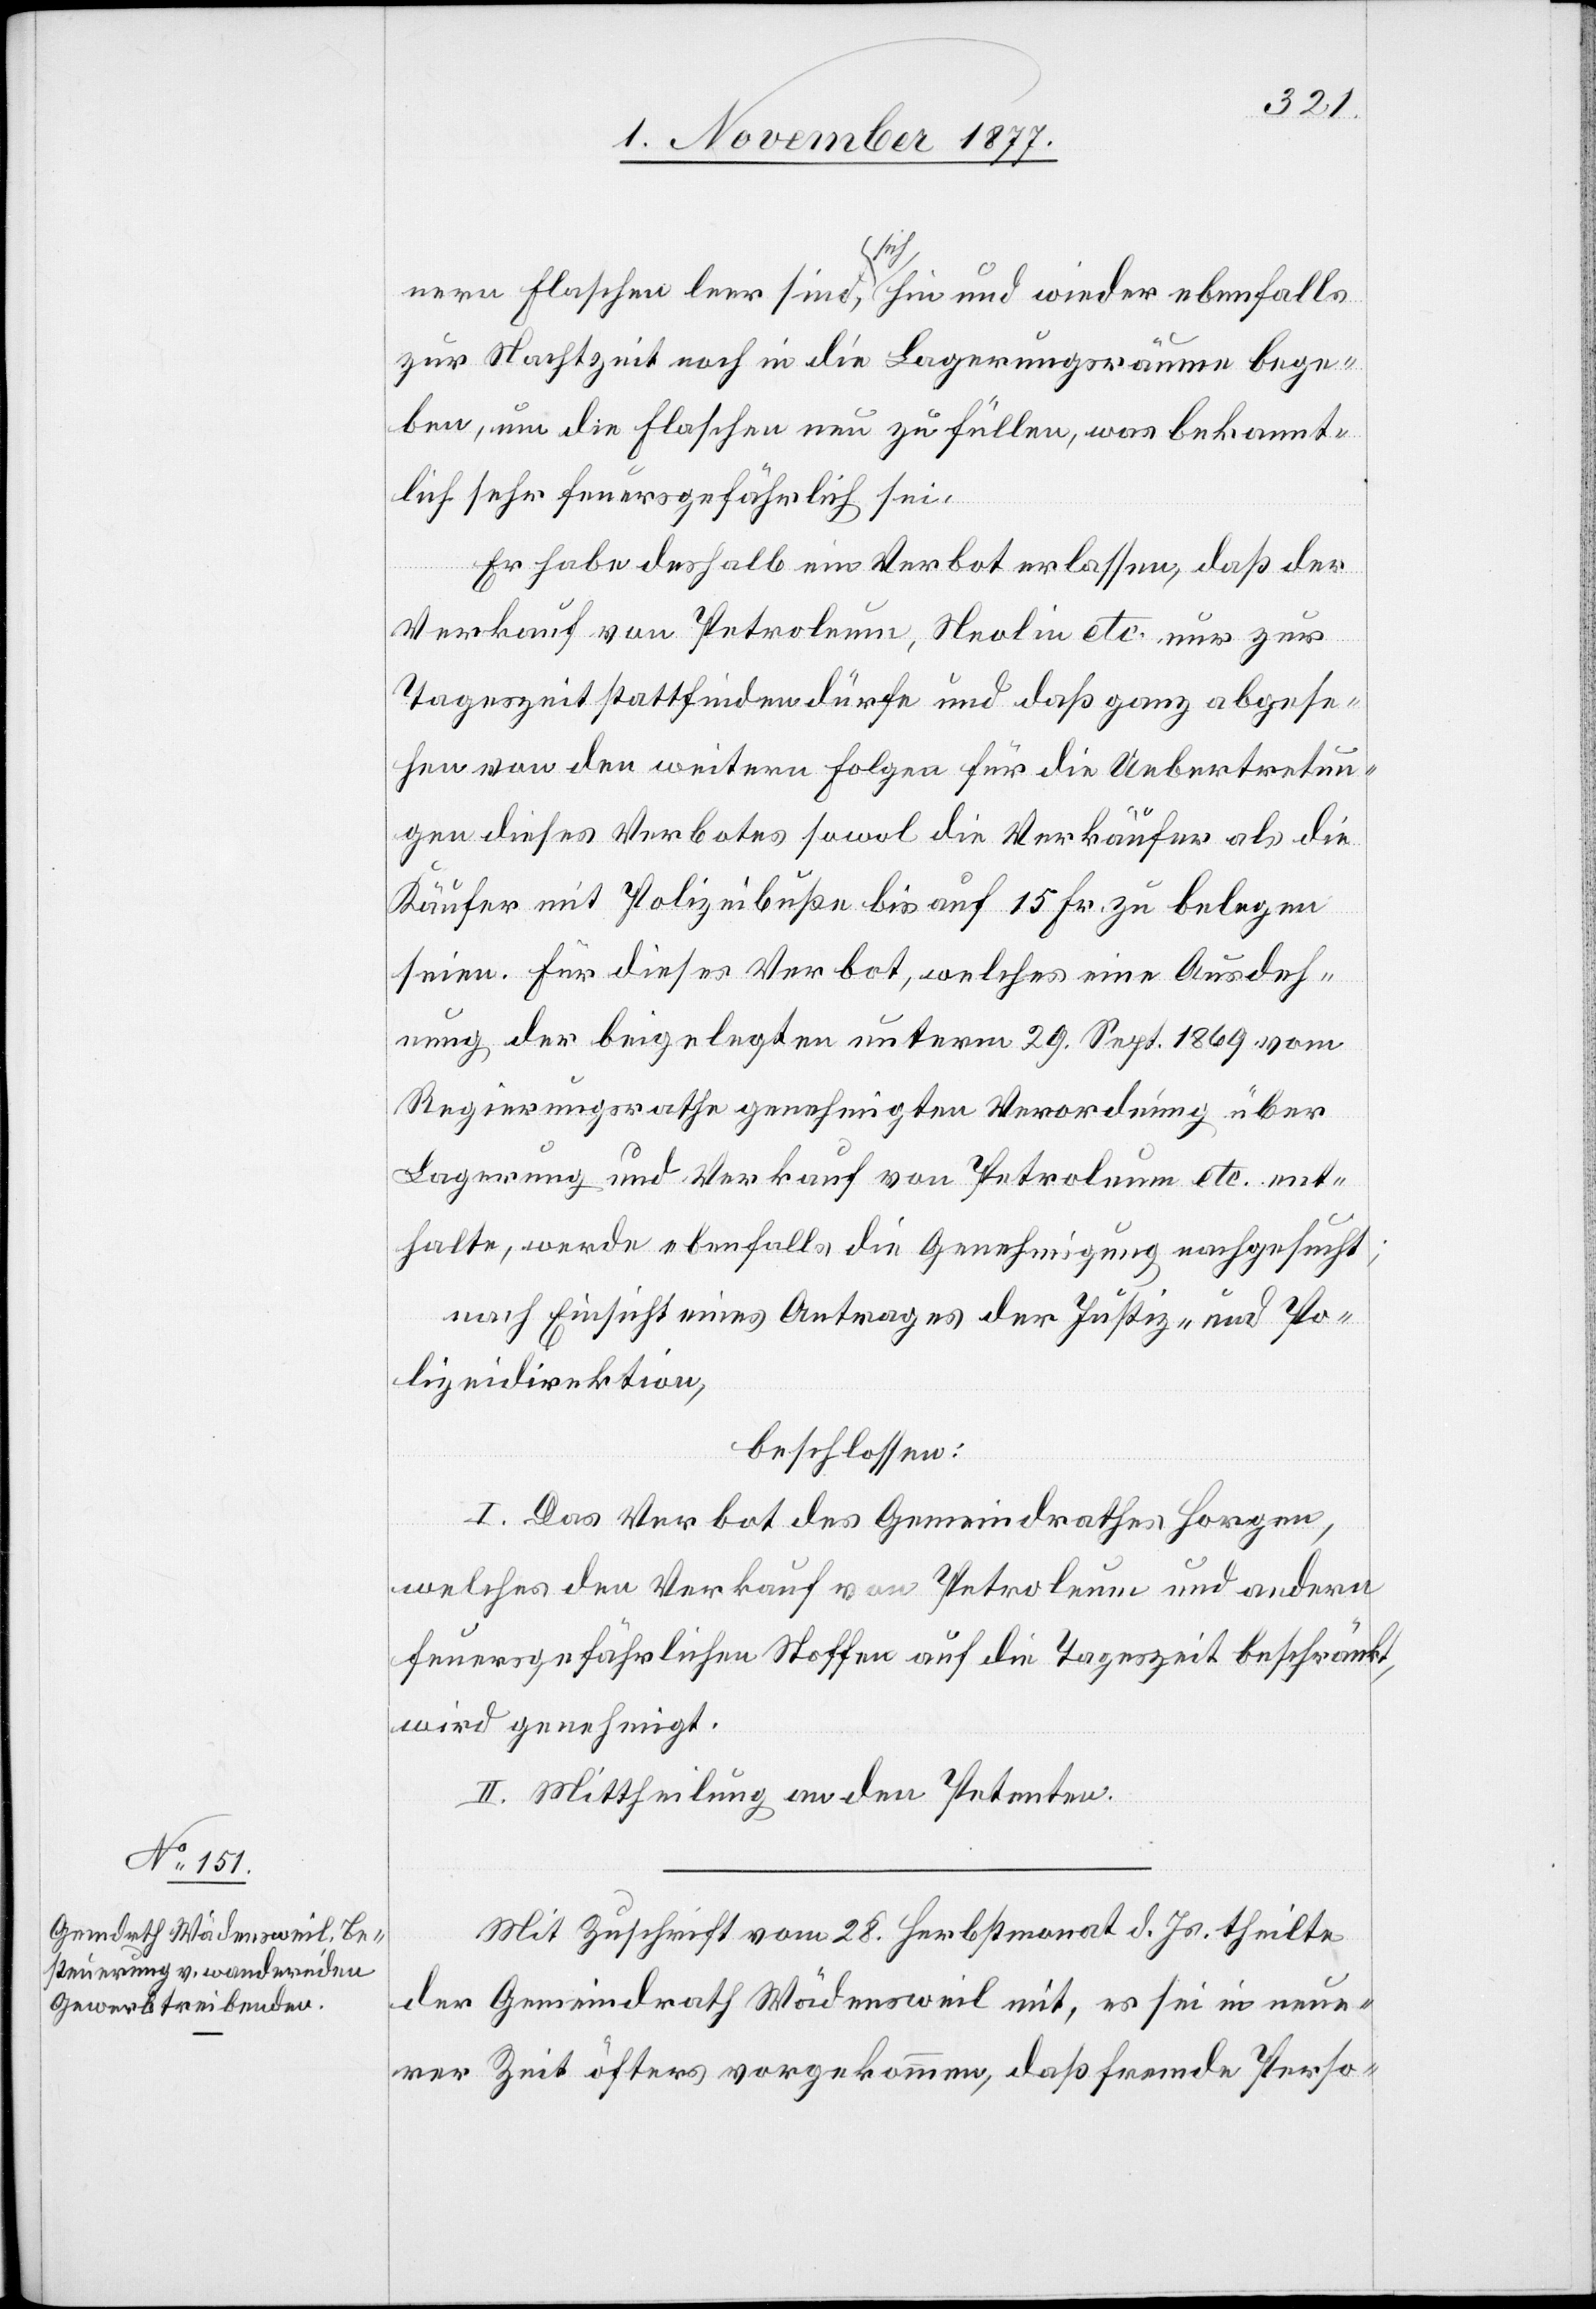
nern Flaschen leer sind, sich hin und wieder ebenfalls
zur Nachtzeit noch in die Lagerungsräume bege¬
ben, um die Flaschen neu zu füllen, was bekannt¬
lich sehr feuersgefährlich sei.
Er habe deshalb ein Verbot erlassen, daß der
Verkauf von Petroleum, Neolin etc. nur zur
Tageszeit stattfinden dürfe und daß ganz abgese¬
hen von den weitern Folgen für die Uebertretun¬
gen dieses Verbotes sowol die Verkäufer als die
Käufer mit Polizeibuße bis auf 15 Fr. zu belegen
seien. Für dieses Verbot, welches eine Ausdeh¬
nung der beigelegten unterm 29. Sept. 1869 vom
Regierungsrathe genehmigten Verordnung über
Lagerung und Verkauf von Petroleum etc. ent¬
halte, werde ebenfalls die Genehmigung nachgesucht;
nach Einsicht eines Antrages der Justiz- und Po¬
lizeidirektion,
beschlossen:
I. Das Verbot des Gemeindrathes Horgen,
welches den Verkauf von Petroleum und andern
feuersgefährlichen Stoffen auf die Tageszeit beschränkt,
wird genehmigt.
II. Mittheilung an den Petenten.
Mit Zuschrift vom 28. Herbstmonat d. Js. theilte
der Gemeindrath Wädensweil mit, es sei in neue¬
rer Zeit öfters vorgekommen, daß fremde Perso-